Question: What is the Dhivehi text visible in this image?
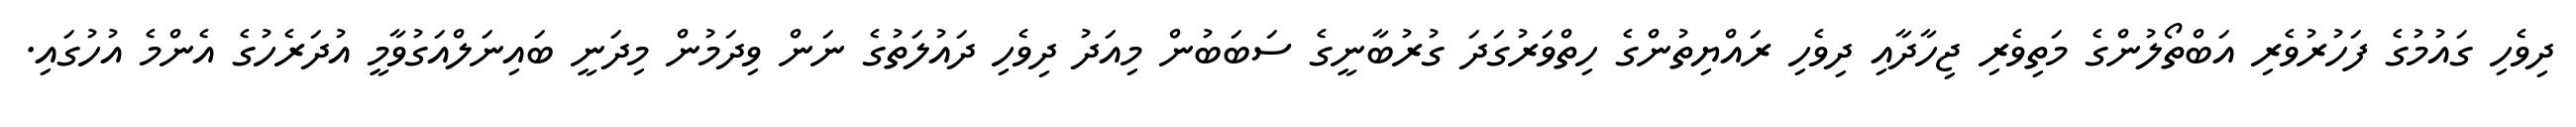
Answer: ދިވެހި ގައުމުގެ ފަހުރުވެރި އަބްތޯލުންގެ މަތިވެރި ޖިހާދާއި ދިވެހި ރައްޔިތުންގެ ހިތްވަރުގަދަ ގުރުބާނީގެ ސަބަބުން މިއަދު ދިވެހި ދައުލަތުގެ ނަން ވިދަމުން މިދަނީ ބައިނަލްއަގުވާމީ އުދަރެހުގެ އެންމެ އުހުގައި.